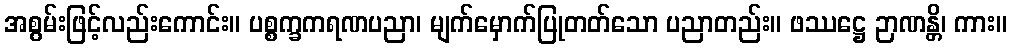
အစွမ်းဖြင့်လည်းကောင်း။ ပစ္စက္ခကရဏပညာ၊ မျက်မှောက်ပြုတတ်သော ပညာတည်း။ ဖဿဋ္ဌေ ဉာဏန္တိ၊ ကား။